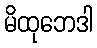
မိထုဘေဒါ